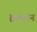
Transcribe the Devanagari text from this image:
हल्ब्दन